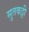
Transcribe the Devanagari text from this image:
सुतकट्टी